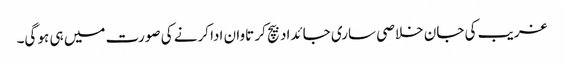
غریب کی جان خلاصی ساری جائداد بیچ کر تاوان ادا کرنے کی صورت میں ہی ہو گی۔